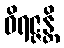
ဝိရဇ္ဇန္တိ